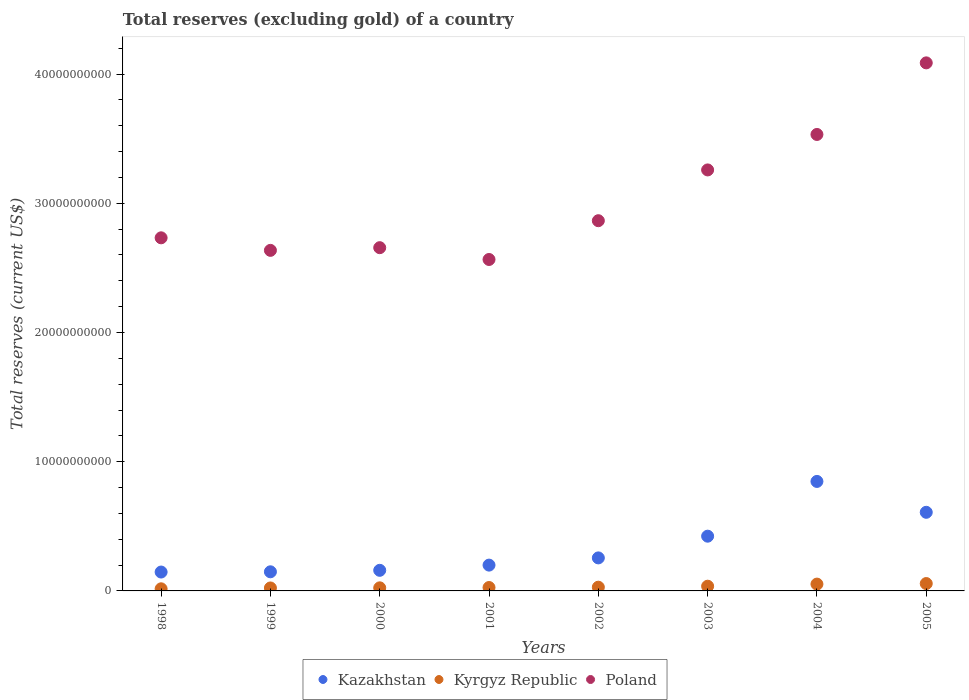
| Years | Kazakhstan | Kyrgyz Republic | Poland |
 | --- | --- | --- | --- |
 | 1998 | 1.46e+09 | 1.64e+08 | 2.73e+10 |
 | 1999 | 1.48e+09 | 2.3e+08 | 2.64e+10 |
 | 2000 | 1.59e+09 | 2.39e+08 | 2.66e+10 |
 | 2001 | 2e+09 | 2.64e+08 | 2.56e+10 |
 | 2002 | 2.56e+09 | 2.89e+08 | 2.86e+10 |
 | 2003 | 4.24e+09 | 3.65e+08 | 3.26e+10 |
 | 2004 | 8.47e+09 | 5.28e+08 | 3.53e+10 |
 | 2005 | 6.08e+09 | 5.7e+08 | 4.09e+10 |